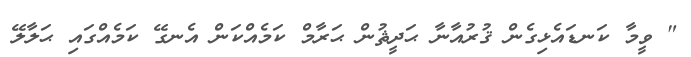
" ވީމާ ކަނޑައެޅިގެން ޤުރުއާނާ ޙަދީޘުން ޙަރާމް ކަމެއްކަން އެނގޭ ކަމެއްގައި ޙަލާލޭ